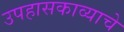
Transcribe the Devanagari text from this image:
उपहासकाव्याचे